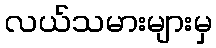
လယ်သမားများမှ